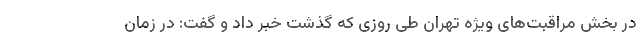
در بخش مراقبت‌های ویژه تهران طی روزی که گذشت خبر داد و گفت: در زمان